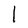
Character: l